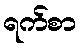
ရက်စာ